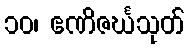
၁၀၊ ဧဏိဇင်္ဃသုတ်